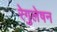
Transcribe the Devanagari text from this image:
रेगुलेषन